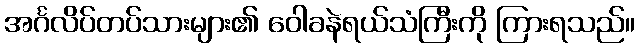
အင်္ဂလိပ်တပ်သားများ၏ ဝေါခနဲရယ်သံကြီးကို ကြားရသည်။